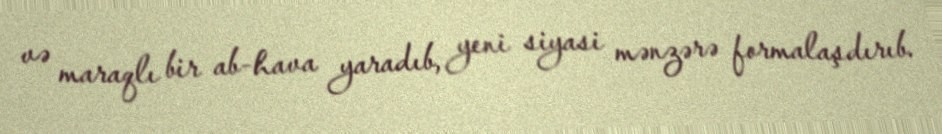
və maraqlı bir ab-hava yaradıb, yeni siyasi mənzərə formalaşdırıb.